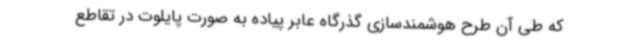
که طی آن طرح هوشمندسازی گذرگاه عابر پیاده به صورت پایلوت در تقاطع